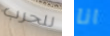
للحرب انا